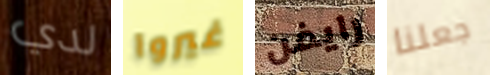
لدي غيروا رايفن جعلنا